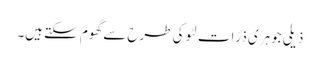
ذیلی جوہری ذرّات لٹو کی طرح سے گھوم سکتے ہیں۔